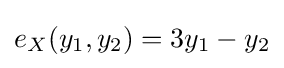
e_{X}(y_{1},y_{2})=3y_{1}-y_{2}